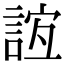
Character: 𧧼